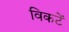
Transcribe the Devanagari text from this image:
विकटें